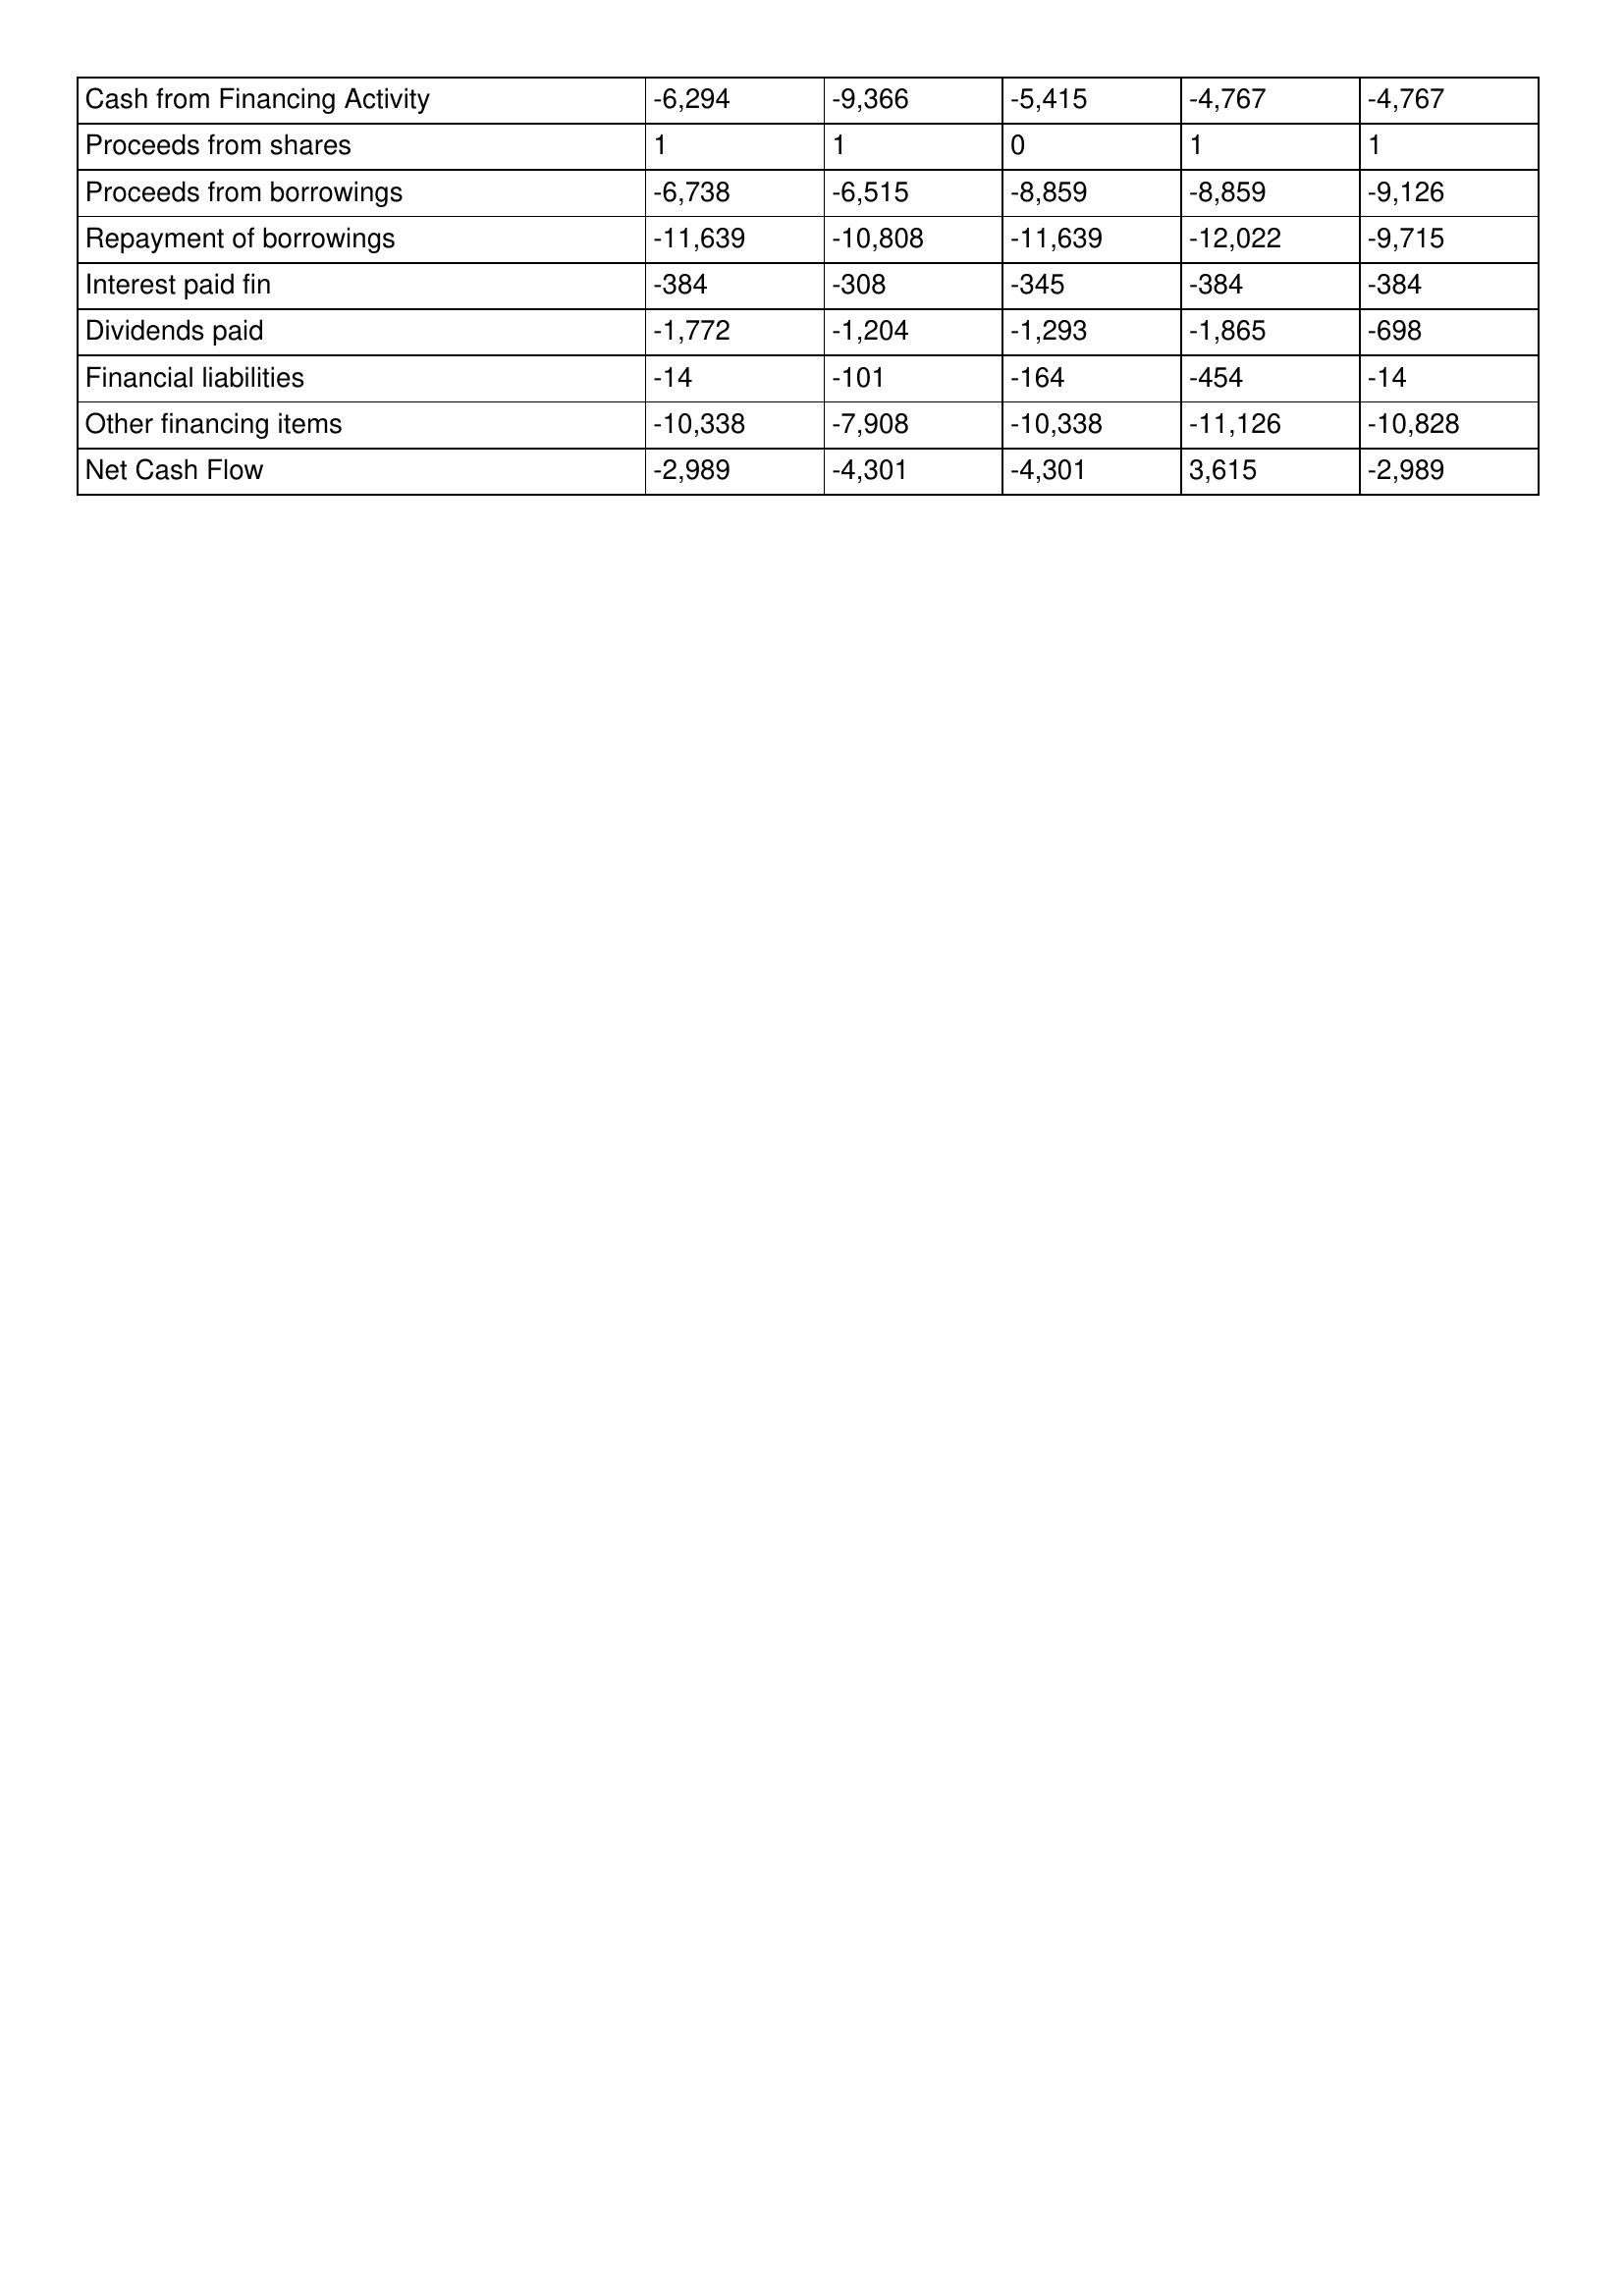
gt_parse: 2009: Cash Flows: Cash from Financing Activity: -6,294
Proceeds from shares: 1
Proceeds from borrowings: -6,738
Repayment of borrowings: -11,639
Interest paid fin: -384
Dividends paid: -1,772
Financial liabilities: -14
Other financing items: -10,338
Net Cash Flow: -2,989
2008: Cash Flows: Cash from Financing Activity: -9,366
Proceeds from shares: 1
Proceeds from borrowings: -6,515
Repayment of borrowings: -10,808
Interest paid fin: -308
Dividends paid: -1,204
Financial liabilities: -101
Other financing items: -7,908
Net Cash Flow: -4,301
2007: Cash Flows: Cash from Financing Activity: -5,415
Proceeds from shares: 0
Proceeds from borrowings: -8,859
Repayment of borrowings: -11,639
Interest paid fin: -345
Dividends paid: -1,293
Financial liabilities: -164
Other financing items: -10,338
Net Cash Flow: -4,301
2006: Cash Flows: Cash from Financing Activity: -4,767
Proceeds from shares: 1
Proceeds from borrowings: -8,859
Repayment of borrowings: -12,022
Interest paid fin: -384
Dividends paid: -1,865
Financial liabilities: -454
Other financing items: -11,126
Net Cash Flow: 3,615
2005: Cash Flows: Cash from Financing Activity: -4,767
Proceeds from shares: 1
Proceeds from borrowings: -9,126
Repayment of borrowings: -9,715
Interest paid fin: -384
Dividends paid: -698
Financial liabilities: -14
Other financing items: -10,828
Net Cash Flow: -2,989